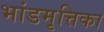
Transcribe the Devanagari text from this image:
भांडमृत्तिका